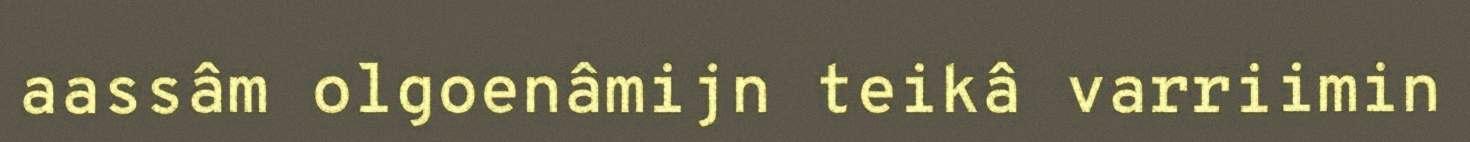
aassâm olgoenâmijn teikâ varriimin